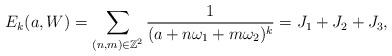
LaTeX: \begin{align*}~E_{k}(a,W)=\sum_{(n,m)\in\mathbb{Z}^{2}}\frac{1}{(a+n\omega_{1}+m\omega_{2})^{k}}=J_1 +J_2+ J_3,\end{align*}